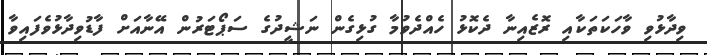
ވިދާޅުވި ވާހަކަތަކާއި ރޮޒެއިނާ ދެކޮޅު ހެއްދެވުމާ ގުޅިގެން ނަޝީދުގެ ސަޕޯޓަރުން އޭނާއަށް ފާޑުވިދާޅުވެފައިވާ